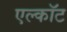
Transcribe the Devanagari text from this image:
एल्कॉट